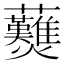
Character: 𧆋